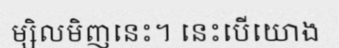
ម្សិលមិញនេះ។ នេះបើយោង